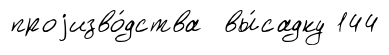
проjизво́дства вы́садку 144